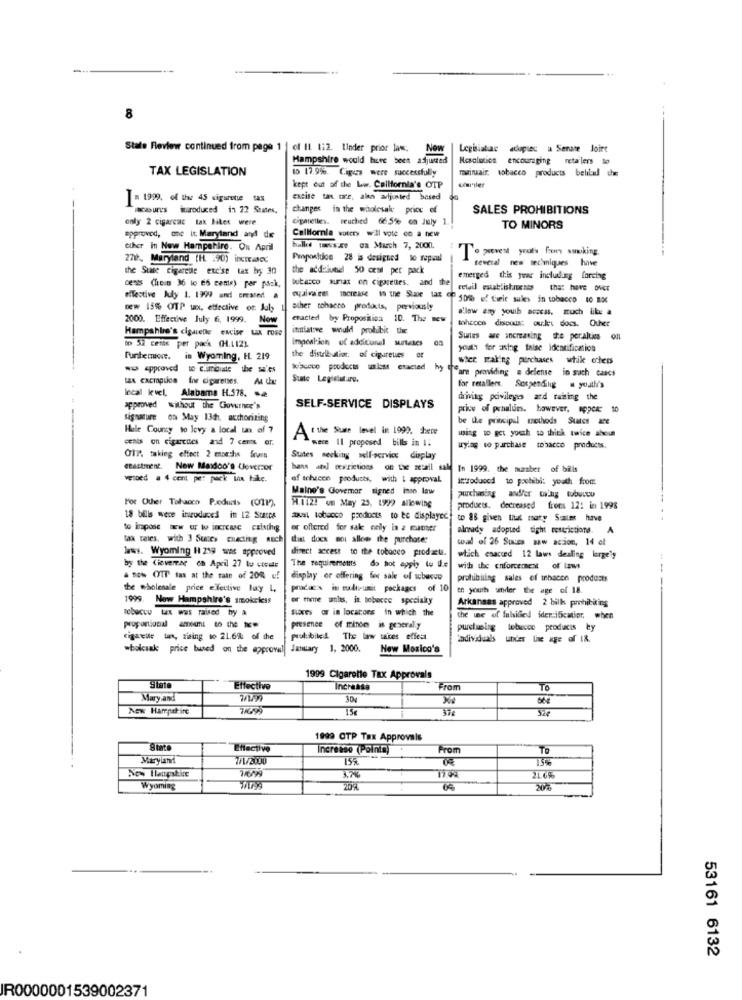
State Review continued from page 1 | of II. 1:2. linder prior law.
New
Legislature adupiec a Serate Joirt
Hampshire would here been adjusted
Resolution encouraging retailers to
TAX LEGISLATION
to 17.9%. Cigus were successfully
rawiruair, tobacco products belilaul che
kept out of the Law. California's OTP
I= 1999, of the 45 cigarette tax
excise tax care, alen adjusted based
Maures inproduced in 22 Suites,
changes in the wholesak price of
SALES PROHIBITIONS
only 2 cigarcac tak litet were
cigarettes. seuched 66.5% on July 1
TO MINORS
approved, one it, Maryland and de
California voters wil vote co a new
ciher in New Hampshire. Ou April
halle wwwvs.ge ca March 7, 2000.
27, Maryland [H :90) intaoc
Punposition 28 is designed to repaul
To zeven youts for wwwking.
several new secimiques have
the Suse cigereue excise tax by 30
the addziune 50 cent per pack
butasco surias en cigarettes. and the
emerged this year including farcing
ces (licin 36 lo ES cente) per pack,
retail establishments the: have over
effective kdy 1. 1999 and created .
501% of Cieir suies in tobacco to DX
DEw 15% OTP tax, effective of July 1
other tobacco products, previously
2000. Effective July 6, 1999.
enacted by Proposition 10. The new
tohccen discodst oulet docs. Other
Hampshire's cigareble excise tax, rose
Now
itiative would probubit the
Impeshion of adeitural staes
Suites are increasing te peralties of
to 52 cents per pack (H.LIZ)
youth for using false identification
Funbemore. is Wyoming, HL 219
the distrik alion. of cigaretues or
wher Faling purchases wtik chess
wu approved wo coute the s'es
taA cacIgLice for cigarettes.
w/bucco productsulss etacted wy ""are providing . defense in such cases
State Legislature.
for retallers Sospendilig . youlli's
local level, Alabama H.578, æ
driving privileges ard raising the
approved without the Governor's
SELF-SERVICE DISPLAYS
price of praulums. however, appear 10
Signature os May 13th, acchorizing
be the principal methods Sutes we
Hele Courcy to levy a local un of 7
Atthe Sure level in 1999. here
using to get youth to think twice about
cnis on cigarcues and 7 cents er.
wece Il proposed bills in 11
ky.og to purchase tobacco products.
Ohr, taking effect 2 months frrs
States seeking self-ocrvics display
etactment. New Mexico's Cleverzor
hans and terzictions on the zetall sally In 1999. the muamber of bills
vetoed a 4 cent per pack inn take.
of tehacen products, with : approval.
itzoduood to pochiibi: youth from
Maine's Glovemar signed inso law
For Other Tobacco Products (011),
H.112! om May 25, 1999 allowing
products. decreased frees 12! in 1998
18 bills wece introduced in 12 Stacca
SusL tobacco prediocts to be displayed) to 88 given that maty Sustes have
to imposeww w w xrcase cxischig
er oftered for sale nelly in a matter
already adopted tight restrictions.
tax rates. with 3 Suces cnecting noch
diet does not allow the purchase:
wal of 26 Suura saw acion, 14 el
www. Wyoming H 219 was approved
direct access to the tobacco prodats.
which enacted 12 laws dealing largely
by the (iovervar on April 27 to civile
The requirements do not apply to U.e
with the enforcement of laws
& sow OTT tas at the case of 20% u!
display or offering for sale of scbacco
prohibiting sales of inhacce products
the wholesale price elective lay L,
prodac s in multi-umit packages of 10
th youth under the age of 18.
1999. Now Hampshire's smokeless
or more anits, in tobocce specialty
Arkansas approved 2 bilk prohibiting
tebaccu tan was raised hy a
Suaxes or in locators in which the
the ine of falsified identificatier, when
presence of minde is generaly
purchasing tobacco products ty
cigareile tus, siering to 21.6% of the
prohibited The law taices effect
tadividuals under line age of I&.
wholcsak price bused on the approval January 1, 2000.
New Mexico's
1999 Cigarette Tax Approvals
State
Effective
Increase
From
TO
Mary and
New Harepetirc
15€
526
1999 OTP Tax Approvals
Effective
Increase (Points)
Prom
TO
Maryland
7/1/2000
15%
7/6/99
3.23
21.66
Wyoming
53161 6132
IR0000001539002371